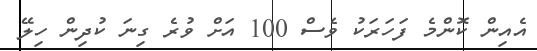
އެއިން ކޮންމެ ފަހަރަކު ވެސް 100 އަށް ވުރެ ގިނަ ކުދިން ހިލޭ